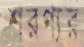
শরণ্যর